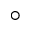
^ { \circ }